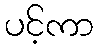
ပင့်ကာ